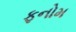
ફનોમ